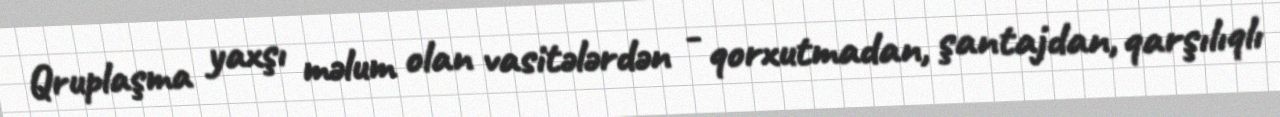
Qruplaşma yaxşı məlum olan vasitələrdən - qorxutmadan, şantajdan, qarşılıqlı